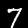
Digit: 7